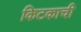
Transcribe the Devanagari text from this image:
किटकाची